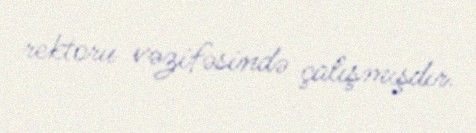
rektoru vəzifəsində çalışmışdır.